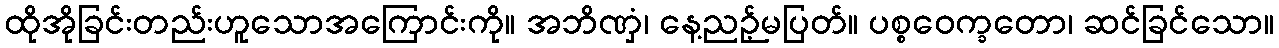
ထိုအိုခြင်းတည်းဟူသောအကြောင်းကို။ အဘိဏှံ၊ နေ့ညဉ့်မပြတ်။ ပစ္စဝေက္ခတော၊ ဆင်ခြင်သော။